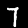
Digit: 7